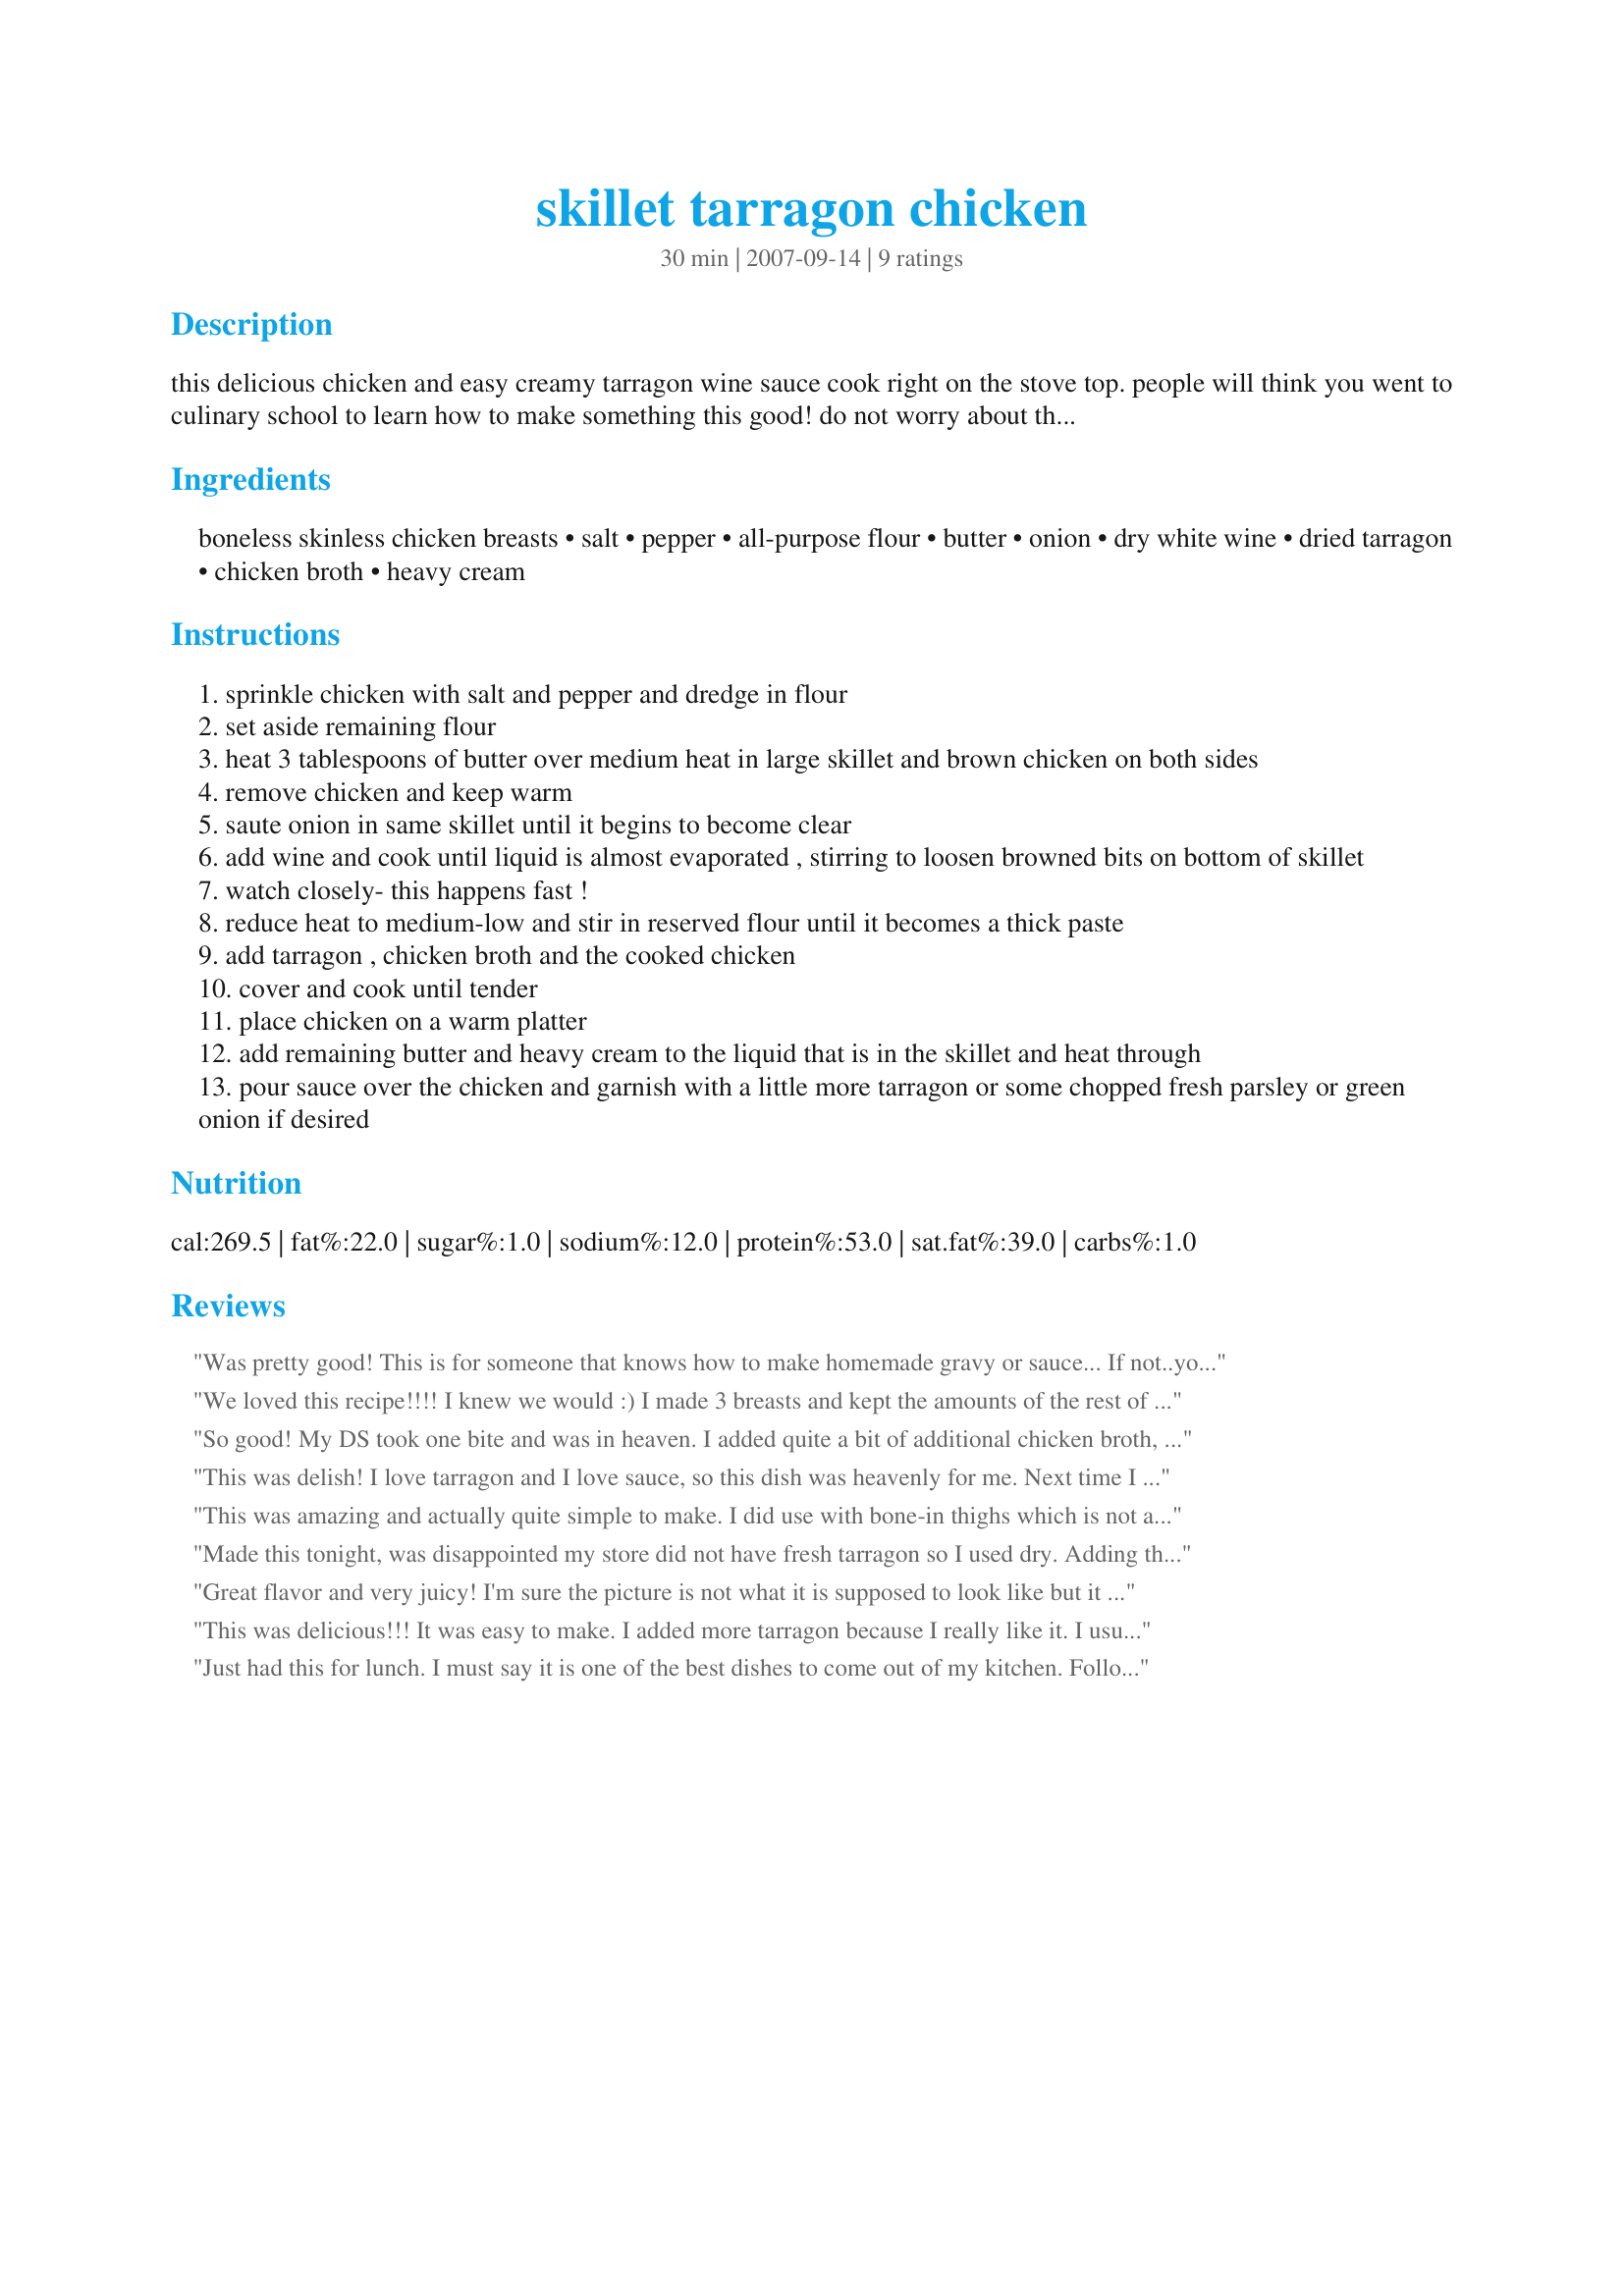
skillet tarragon chicken
Preparation time: 30 minutes

this delicious chicken and easy creamy tarragon wine sauce cook right on the stove top. people will think you went to culinary school to learn how to make something this good! do not worry about the cream in here. it is only 1/4 cup divided between 6 people. just enough to give you that smooth creaminess you have been craving! oh my this is so good! we love this over some simple white or brown rice with a green salad on the side. oh and the rest of that bottle of wine! hehee enjoy!

Ingredients:
boneless skinless chicken breasts, salt, pepper, all-purpose flour, butter, onion, dry white wine, dried tarragon, chicken broth, heavy cream

Steps:
sprinkle chicken with salt and pepper and dredge in flour
set aside remaining flour
heat 3 tablespoons of butter over medium heat in large skillet and brown chicken on both sides
remove chicken and keep warm
saute onion in same skillet until it begins to become clear
add wine and cook until liquid is almost evaporated , stirring to loosen browned bits on bottom of skillet
watch closely- this happens fast !
reduce heat to medium-low and stir in reserved flour until it becomes a thick paste
add tarragon , chicken broth and the cooked chicken
cover and cook until tender
place chicken on a warm platter
add remaining butter and heavy cream to the liquid that is in the skillet and heat through
pour sauce over the chicken and garnish with a little more tarragon or some chopped fresh parsley or green onion if desired

Reviews:
Was pretty good! This is for someone that knows how to make homemade gravy or sauce... If not..you will prob have problems.. As huge gravy makers it wasn't hard..just added more wine in beginning and more broth at the end! Thanks! Good meal! We had fun making it!
We loved this recipe!!!! I knew we would :) I made 3 breasts and kept the amounts of the rest of the ingredients the same. The sauce did start to disappear quickly over the heat so I just removed it from the heat and allowed the heated pan to cook it. Fabulous! I used tarragon out of my garden and chenin blanc for the white wine. I would make this again with no hesitation!
So good! My DS took one bite and was in heaven. I added quite a bit of additional chicken broth, but no worries! Made for ZWT 5.
This was delish! I love tarragon and I love sauce, so this dish was heavenly for me. Next time I will serve the chicken separate from the sauce since my chicken started to get soggy after putting it in the sauce.
This was amazing and actually quite simple to make. I did use with bone-in thighs which is not a problem for family dining, but for company... would definitely use boneless as that is much more &#039;company&#039; friendly. And this is definitely a &quot;company friendly&quot; recipe!
Whether or not you use thighs or breasts, this is a winner all around. Sorry it took me so long to discover this recipe!
Made this tonight, was disappointed my store did not have fresh tarragon so I used dry. Adding the flour with the onion, wine and tarragon just made a goo that brought down the flavors. Added a little more wine and tarragon. Overall a good recipe next time I will skip the added flour.
Great flavor and very juicy! I'm sure the picture is not what it is supposed to look like but it sure was good anyway. My chicken breasts were so huge even Dolly Parton would have blushed. I had to pound them to thin them out so that they would cook evenly. My second problem was that I used such a large frying pan that I did not have a lid large enough to cover it. I ended up using foil as a lid but the wine and broth kept escaping as steam, so I ended up using a lot more than the recipe called for. I would suggest using a pan with a tight fitting lid so you will have more wine to drink. Both of the problems were no fault of the recipe and the flavor really was delicious!
This was delicious!!! It was easy to make. I added more tarragon because I really like it. I usually have the ingredients on hand, except for the cream. I used 2 chicken thighs instead of breasts. I kept the other ingredients the same. I had this with Recipe #219869 which made a great dinner. I will be making this again. Thanks for sharing your recipe Mama!! Made for the March 2008 Bevy Tag game.
Just had this for lunch. I must say it is one of the best dishes to come out of my kitchen. Followed recipe exactly. My chicken breasts were very thick so I cooked them on a fairly low heat for quite a while initially. I also used a Chardonnay that had been left over in my fridge for a while and dried tarragon (as per recipe). Ended up with chicken very moist and the sauce was killer good. And contrary to someone else's review, mine looked just like the photo from geniuskitchen. Served with reheated leftover orzo (called Risoni in my part of the world--Singapore). Just delicious. Company worthy for sure. Thank you geniuskitchen and mamas kitchen hope for sharing this wonderful recipe. BTW, you'd never guess it but for those like me that follow Weight Watchers, this is only 6 Smart Points. I added 2 Smart Points for 2 ounces of Orzo/Risoni.
